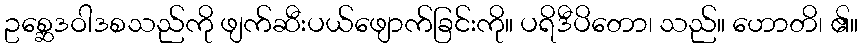
ဥစ္ဆေဒဝါဒစသည်ကို ဖျက်ဆီးပယ်ဖျောက်ခြင်းကို။ ပရိဒီပိတော၊ သည်။ ဟောတိ၊ ၏။